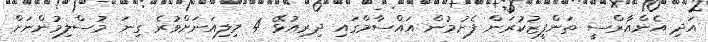
އަދި އެންއާރްސީ ތަންފީޒުކުރަން ފެށުމުން އައްސާމްގައި ދިރިއުޅޭ 4 މިލިއަނަށްވުރެ ގިނަ މުސްލިމުންނަށް